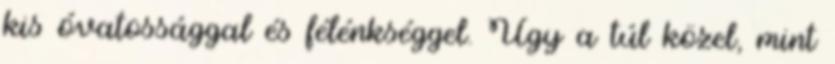
kis óvatossággal és félénkséggel. Úgy a túl közel, mint